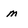
Character: m